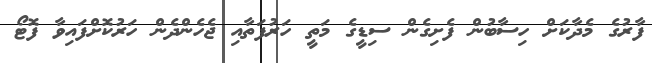
ފާރުގެ މެދާކަށް ހިސާބުން ފެށިގެން ސިޑީގެ މަތީ ހަރުފަތާއި ޖެހެންދެން ހަރުކޮށްފައިވާ ފޮޓޯ